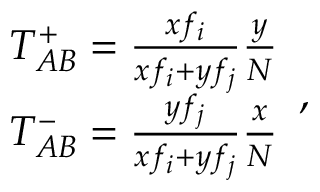
\begin{array} { l r } { T _ { A B } ^ { + } = \frac { x f _ { i } } { x f _ { i } + y f _ { j } } \frac { y } { N } } \\ { T _ { A B } ^ { - } = \frac { y f _ { j } } { x f _ { i } + y f _ { j } } \frac { x } { N } } \end{array} ,